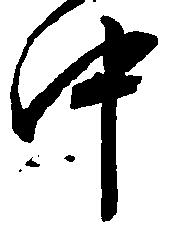
中